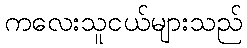
ကလေးသူငယ်များသည်